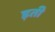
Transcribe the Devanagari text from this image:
ड़ती